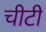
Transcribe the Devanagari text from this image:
चीटीं